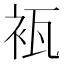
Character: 𮕰